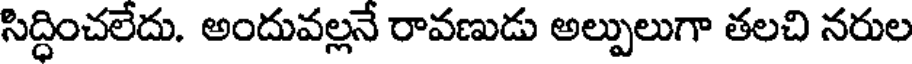
సిద్ధించలేదు. అందువల్లనే రావణుడు అల్పులుగా తలచి నరుల